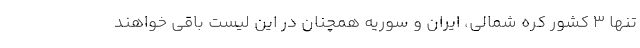
تنها 3 کشور کره شمالی، ایران و سوریه همچنان در این لیست باقی خواهند